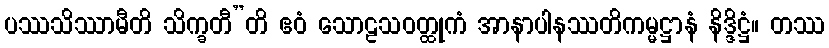
ပဿသိဿာမီတိ သိက္ခတီ”တိ ဧဝံ သောဠသဝတ္ထုကံ အာနာပါနဿတိကမ္မဋ္ဌာနံ နိဒ္ဒိဋ္ဌံ။ တဿ